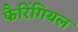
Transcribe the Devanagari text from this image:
फैरिंगियल